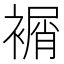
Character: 𧜔